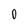
Character: O